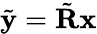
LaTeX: \tilde{\textbf{y}}=\tilde{\textbf{R}}\textbf{x}